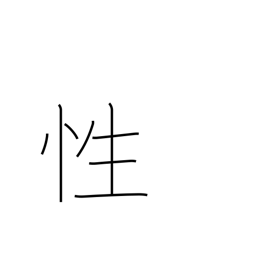
Meaning: sex